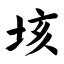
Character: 垓